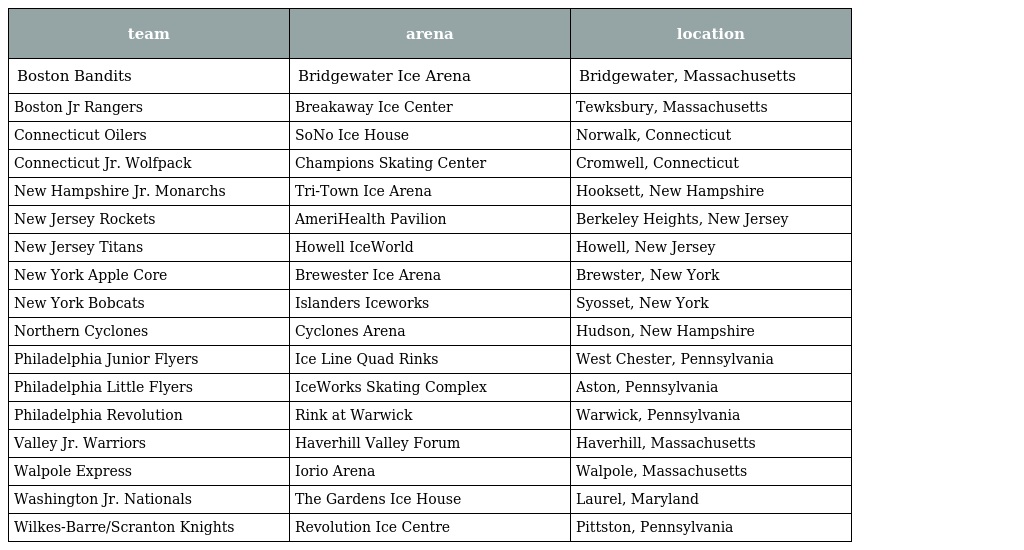
| team | arena | location |
 | --- | --- | --- |
 | Boston Bandits | Bridgewater Ice Arena | Bridgewater, Massachusetts |
 | Boston Jr Rangers | Breakaway Ice Center | Tewksbury, Massachusetts |
 | Connecticut Oilers | SoNo Ice House | Norwalk, Connecticut |
 | Connecticut Jr. Wolfpack | Champions Skating Center | Cromwell, Connecticut |
 | New Hampshire Jr. Monarchs | Tri-Town Ice Arena | Hooksett, New Hampshire |
 | New Jersey Rockets | AmeriHealth Pavilion | Berkeley Heights, New Jersey |
 | New Jersey Titans | Howell IceWorld | Howell, New Jersey |
 | New York Apple Core | Brewester Ice Arena | Brewster, New York |
 | New York Bobcats | Islanders Iceworks | Syosset, New York |
 | Northern Cyclones | Cyclones Arena | Hudson, New Hampshire |
 | Philadelphia Junior Flyers | Ice Line Quad Rinks | West Chester, Pennsylvania |
 | Philadelphia Little Flyers | IceWorks Skating Complex | Aston, Pennsylvania |
 | Philadelphia Revolution | Rink at Warwick | Warwick, Pennsylvania |
 | Valley Jr. Warriors | Haverhill Valley Forum | Haverhill, Massachusetts |
 | Walpole Express | Iorio Arena | Walpole, Massachusetts |
 | Washington Jr. Nationals | The Gardens Ice House | Laurel, Maryland |
 | Wilkes-Barre/Scranton Knights | Revolution Ice Centre | Pittston, Pennsylvania |